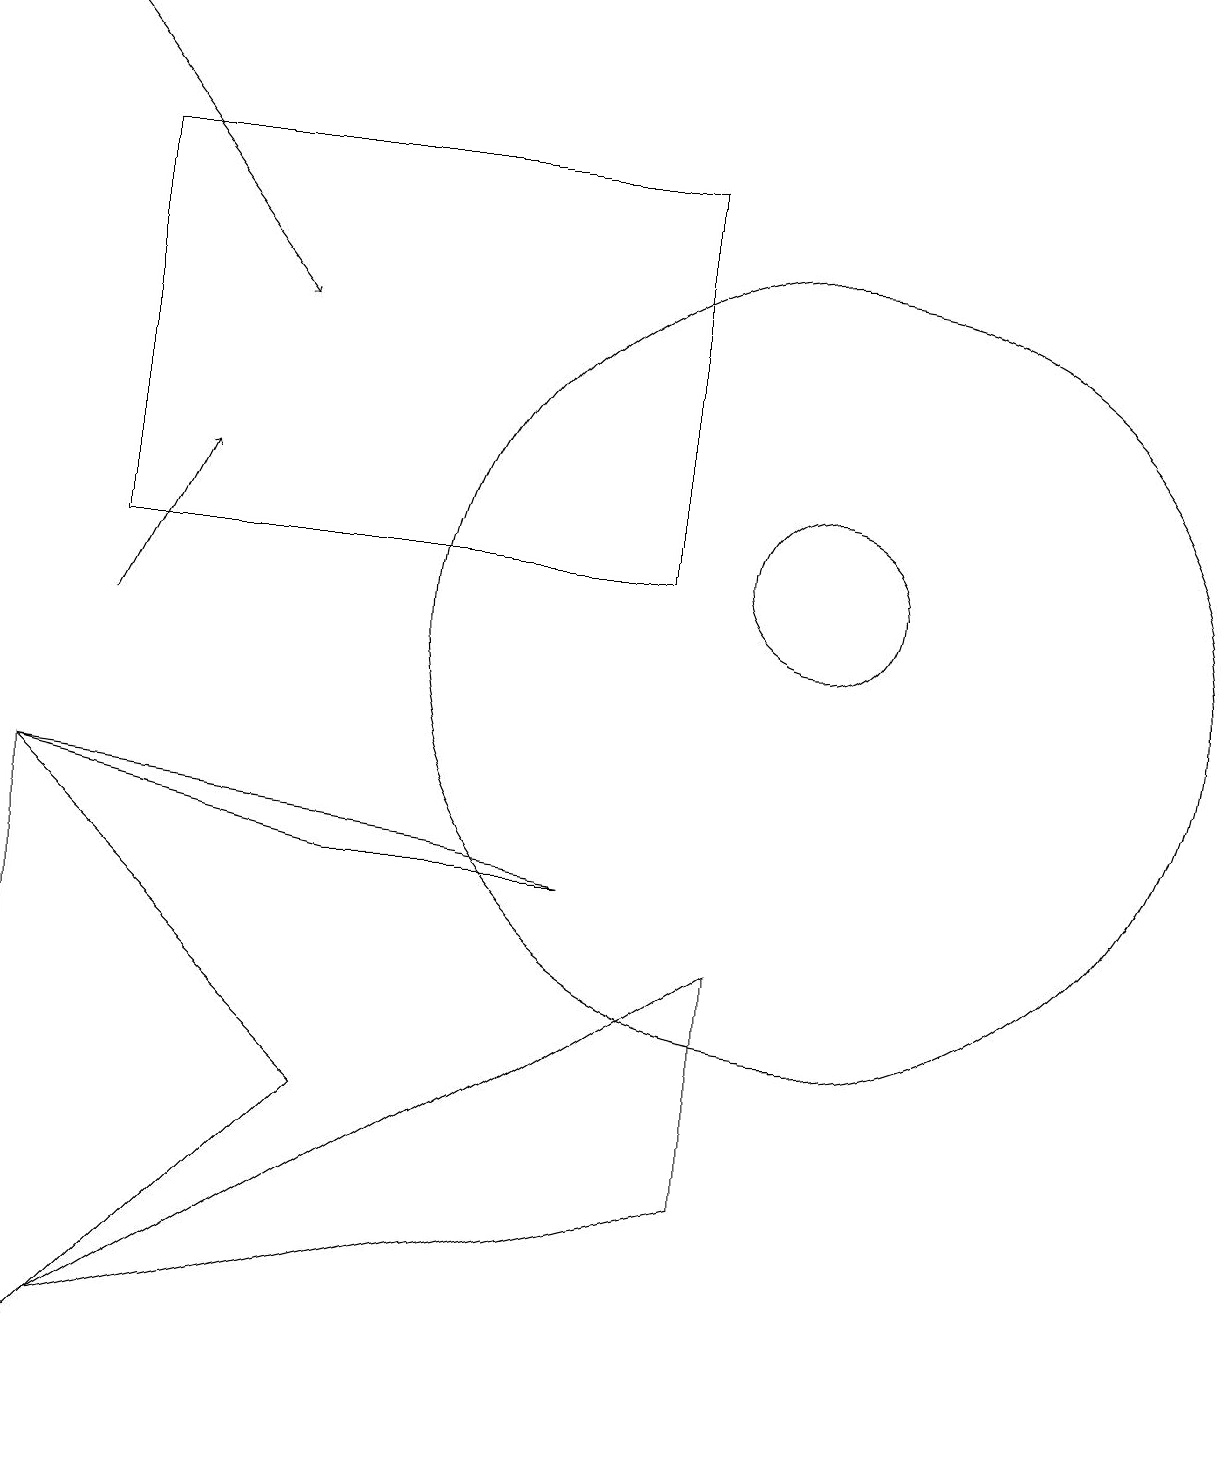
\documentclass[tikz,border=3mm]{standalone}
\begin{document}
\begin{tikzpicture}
\draw[->] (0,18) -- (3,14);
\draw (10,10) circle (5);
\draw (4,4) -- (0,8) -- (0,0) -- cycle;
\draw (8,11) rectangle (1,16);
\draw (7,7) -- (4,7) -- (0,8) -- cycle;
\draw (10,11) circle (1);
\draw[->] (1,10) -- (2,12);
\draw (9,3) -- (1,1) -- (9,6) -- cycle;
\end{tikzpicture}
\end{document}